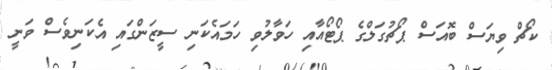
ކޯޗް ވިޔަސް ބޮއަސް ޕޯޗުގަލްގެ ޕޯޓޯއާއި ހަވާލުވި ހަމައެކަނި ސީޒަންގައި އެކަނިވެސް ވަނީ